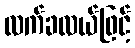
လက်ခလယ်ဖြင့်